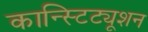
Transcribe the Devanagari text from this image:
कान्स्टिट्यूशन